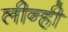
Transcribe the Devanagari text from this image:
लीन्‍ही